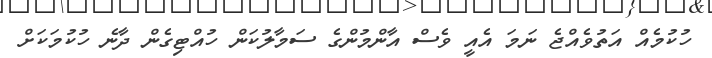
ހުކުމެއް އަތުވެއްޖެ ނަމަ އެއީ ވެސް އާންމުންގެ ސަމާލުކަން ހުއްޓިގެން ދާނެ ހުކުމަކަށް